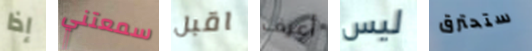
إذا سمعتني اقبل أعرف ليس ستحترق